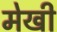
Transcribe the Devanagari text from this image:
मेखी